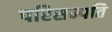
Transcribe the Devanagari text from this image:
परिसम्पति